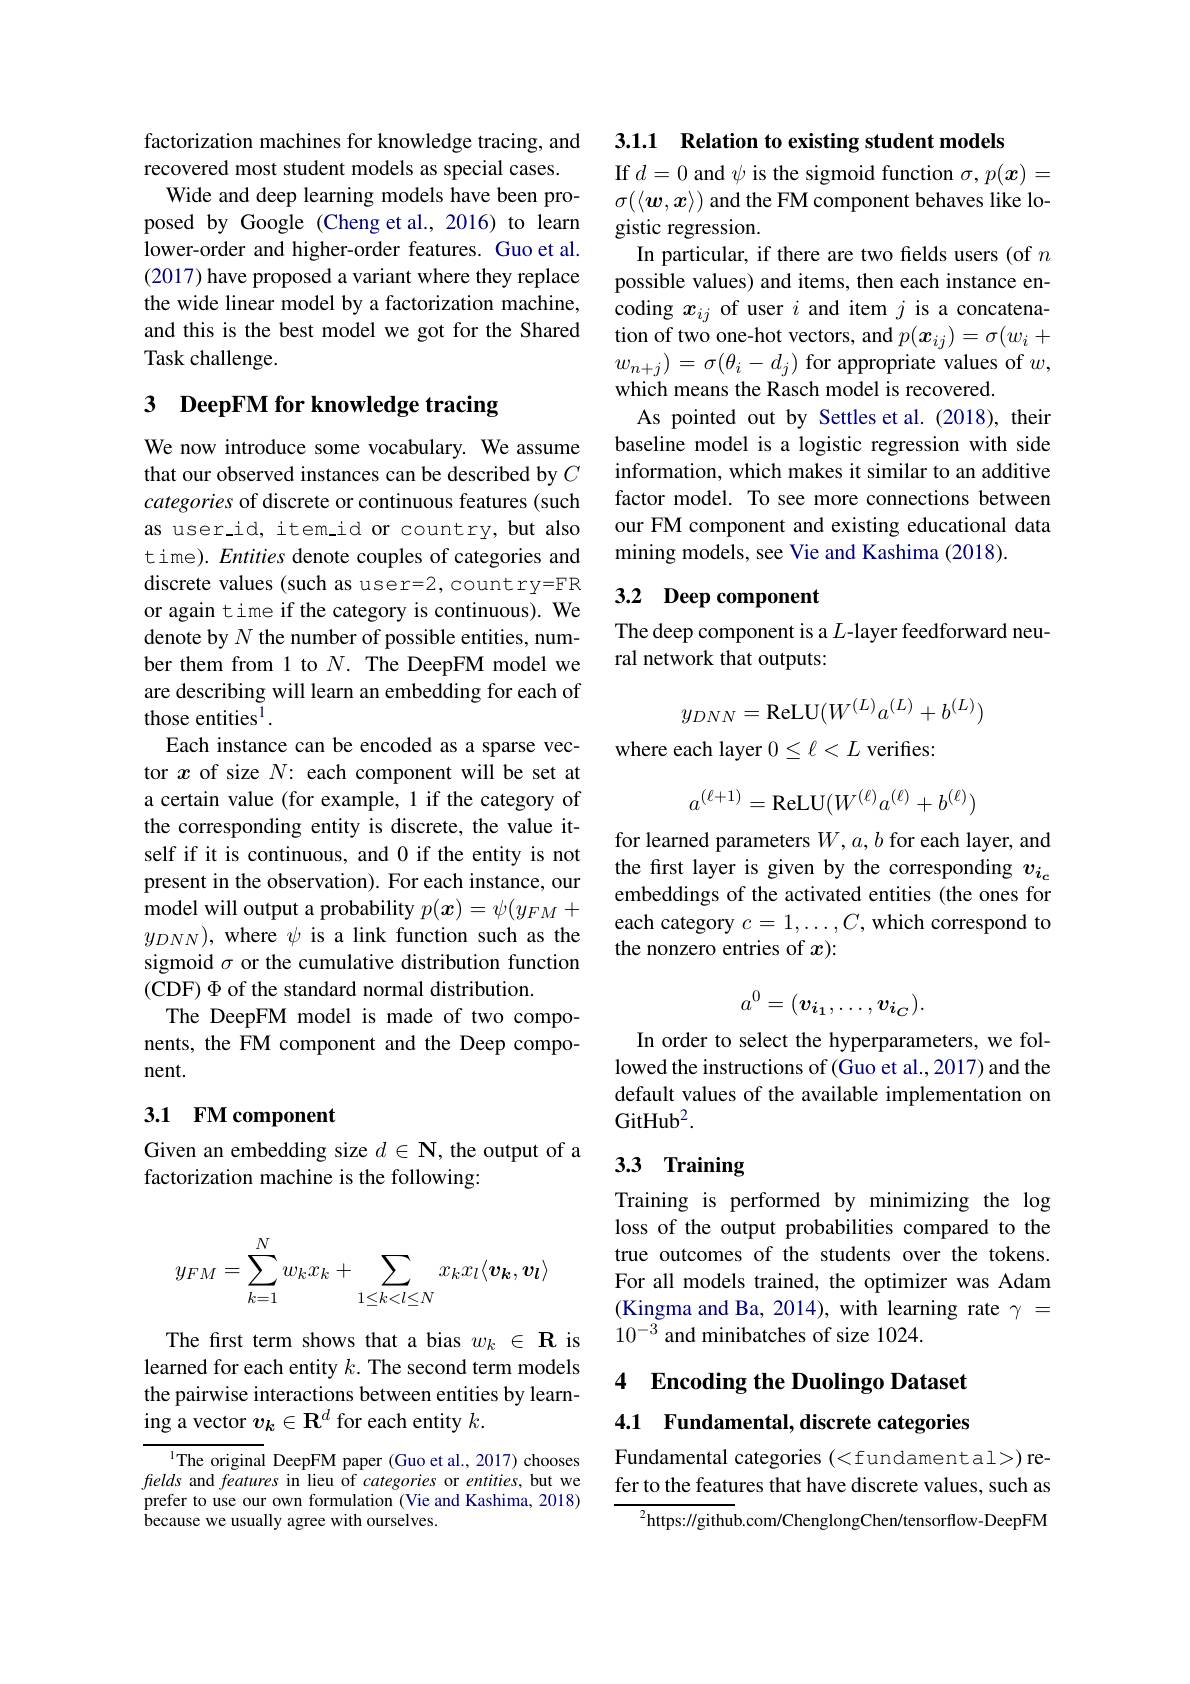
factorization machines for knowledge tracing, and
recovered most student models as special cases.
Wide and deep learning models have been proposed by Google (Cheng et al., 2016) to learn lower-order and higher-order features. Guo et al. (2017) have proposed a variant where they replace the wide linear model by a factorization machine, and this is the best model we got for the Shared Task challenge.

# 3 DeepFM for knowledge tracing

We now introduce some vocabulary. We assume that our observed instances can be described by $C$ categories of discrete or continuous features (such as user\_id, item\_id or country, but also time). Entities denote couples of categories and discrete values (such as user=2, country=FR or again time if the category is continuous). We denote by $N$ the number of possible entities, number them from 1 to $N.$ The DeepFM model we are describing will learn an embedding for each of those entities$^1.$
Each instance can be encoded as a sparse vector $x$ of size $N$: each component will be set at a certain value (for example, 1 if the category of the corresponding entity is discrete, the value itself if it is continuous, and 0 if the entity is not present in the observation). For each instance, our model will output a probability $p(\boldsymbol x)=\psi(y_{FM}+$ $y_{DNN})$, where $\psi$ is a link function such as the sigmoid $\sigma$ or the cumulative distribution function (CDF) $\Phi$ of the standard normal distribution.
The DeepFM model is made of two components, the FM component and the Deep component.

## 3.1 FM component

Given an embedding size $d\in\mathbf{N}$,the output of a
factorization machine is the following:
$$y_{FM}=\sum_{k=1}^Nw_kx_k+\sum_{1\leq k<l\leq N}x_kx_l\langle\boldsymbol{v_k},\boldsymbol{v_l}\rangle $$
The frst term shows that a bias $w_k\in \textbf{R}$ is learned for each entity $k.$ The second term models the pairwise interactions between entities by learning a vector $v_k\in\mathbf{R}^d$ for each entity $k.$

$^{1}$The original DeepFM paper (Guo et al., 2017) chooses fields and features in lieu of categories or entities, but we prefer to use our own formulation (Vie and Kashima, 2018) because we usually agree with ourselves.

3.1.1 Relation to existing student models

If $d=0$ and $\psi$ is the sigmoid function $\sigma,p(x)=$ $\sigma(\langle\boldsymbol{w},\boldsymbol{x}\rangle)$ and the FM component behaves like logistic regression.
In particular, if there are two felds users (of $n$ possible values) and items, then each instance encoding $x_{ij}$ of user $i$ and item $j$ is a concatenation of two one-hot vectors, and $p(\boldsymbol{x}_{ij})=\sigma(w_{i}+$ $w_{n+j})=\sigma(\theta_{i}-d_{j})$ for appropriate values of $w$, which means the Rasch model is recovered.
As pointed out by Settles et al. (2018), their baseline model is a logistic regression with side information, which makes it similar to an additive factor model. To see more connections between our FM component and existing educational data mining models, see Vie and Kashima (2018).

# 3.2 Deep component

The deep component is a $L$-layer feedforward neu-
ral network that outputs:
$$y_{DNN}=\text{ReLU}(W^{(L)}a^{(L)}+b^{(L)})$$
where each layer $0\leq\ell<L$ verifies:
$$a^{(\ell+1)}=\text{ReLU}(W^{(\ell)}a^{(\ell)}+b^{(\ell)})$$
for learned parameters $W,a,b$ for each layer, and the first layer is given by the corresponding $v_{i_c}$ embeddings of the activated entities (the ones for each category $c=1,\ldots,C$, which correspond to the nonzero entries of $x):$
$$a^0=(v_{i_1},\ldots,v_{i_C}).$$
In order to select the hyperparameters, we followed the instructions of (Guo et al.,2017) and the default values of the available implementation on GitHub$^2.$

# 3.3 Training

Training is performed by minimizing the log loss of the output probabilities compared to the true outcomes of the students over the tokens. For all models trained, the optimizer was Adam (Kingma and Ba, 2014), with learning rate $\gamma=$ $10^{-3}$ and minibatches of size 1024.

## 4 Encoding the Duolingo Dataset 4.1 Fundamental, discrete categories

Fundamental categories (<fundamental>) refer to the features that have discrete values, such as
${^{2}\text{https:}//\mathrm{github}}.$com/ChenglongChen/tensorflow-DeepFM